Report of the Municipal Commissioner on the plague in Bombay for the year ending 31st May... - Volume 3
Disease focus: Plague
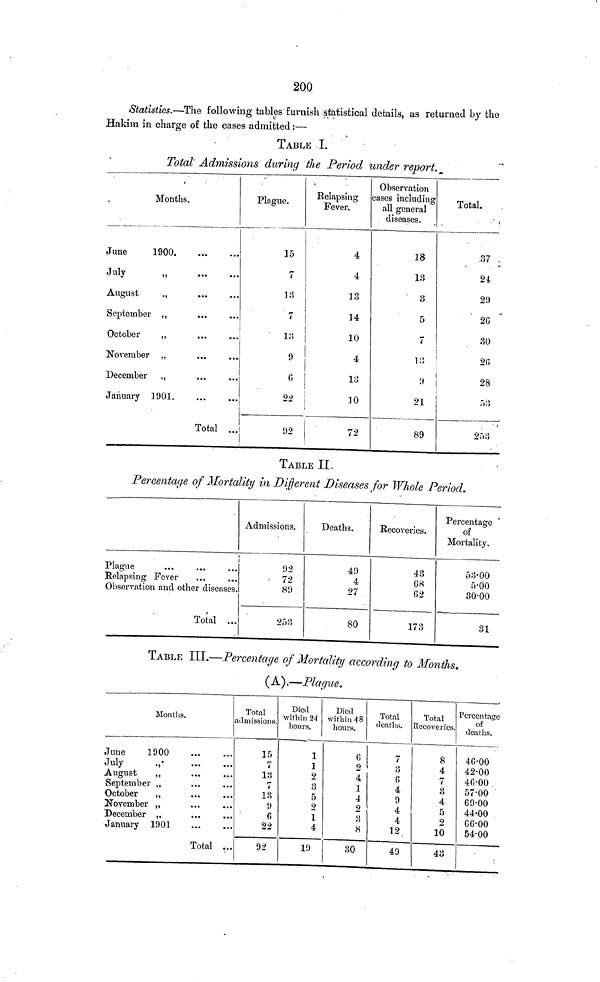
200
Statistics.—The following tables furnish statistical details, as returned by the
Hakim in charge of the cases admitted :—
TABLE I.
Total Admissions during the Period under report.
Months.
June
1900
July
„
August
„
September ,,
October
,.
November „
December „
January 1901.
Total ..
Plague.
15
7
38
7
13
9
6
22
92
Eelapsing
Fever.
4
4
13
14
10
4.
10
72
Observation
enses including
all general
diseases.
18
18
3
5
7
9
21
89
Total.
37
24
29
20
30
28
53
253
TABLE II.
Percentage of Mortality in Different Diseases for Whole Period.
Plague
Relapsing Fever
Observation and other diseases.
Total ...
Admissions.
92
72
89
253
Deathths.
49
4
27
80
Recoveries.
43
68
62
173
Percentage
of
Mortality.
53·00
5·00
30·00
31
TABLE III.—Percentage of Mortality according to Months.
(A).—Plague.
Months.
June
1900
July
,'
August
,
September ,
October
,
November ,
December ,
January 1901
Total ...
Total
admissions.
15
7
7
13
6
22
92
Died
within 2-1
hours.
1
1
2
3
5
2
1
4
19
Died
within 48
hours.
6
2
4
1
4
2
3
8
30
Total
deaths.
7
3
4
9
4
4
12.
49
Total
Recoveries.
8
4
7
3
4
5
2
10
43
Percentage
of
deaths.
40·00
42·00
46·00
57·00
69·00
44·00
66·00
54·00